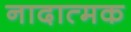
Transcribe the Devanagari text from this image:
नादात्मक